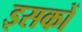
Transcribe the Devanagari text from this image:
इसकों